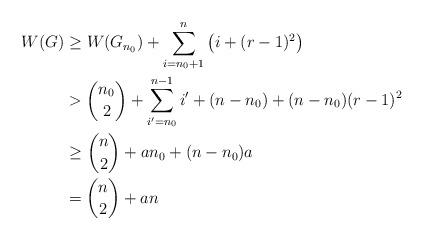
LaTeX: \begin{align*}W(G) &\ge W(G_{n_0})+\sum_{i=n_0+1}^{n} \left( i+(r-1)^2 \right)\\&> \binom{n_0}{2} + \sum_{i'=n_0}^{n-1} i' +(n-n_0)+(n-n_0)(r-1)^2\\&\ge \binom{n}{2}+an_0+ (n-n_0)a\\&= \binom{n}{2}+an\end{align*}